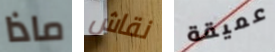
ماذا نقاش عميقة